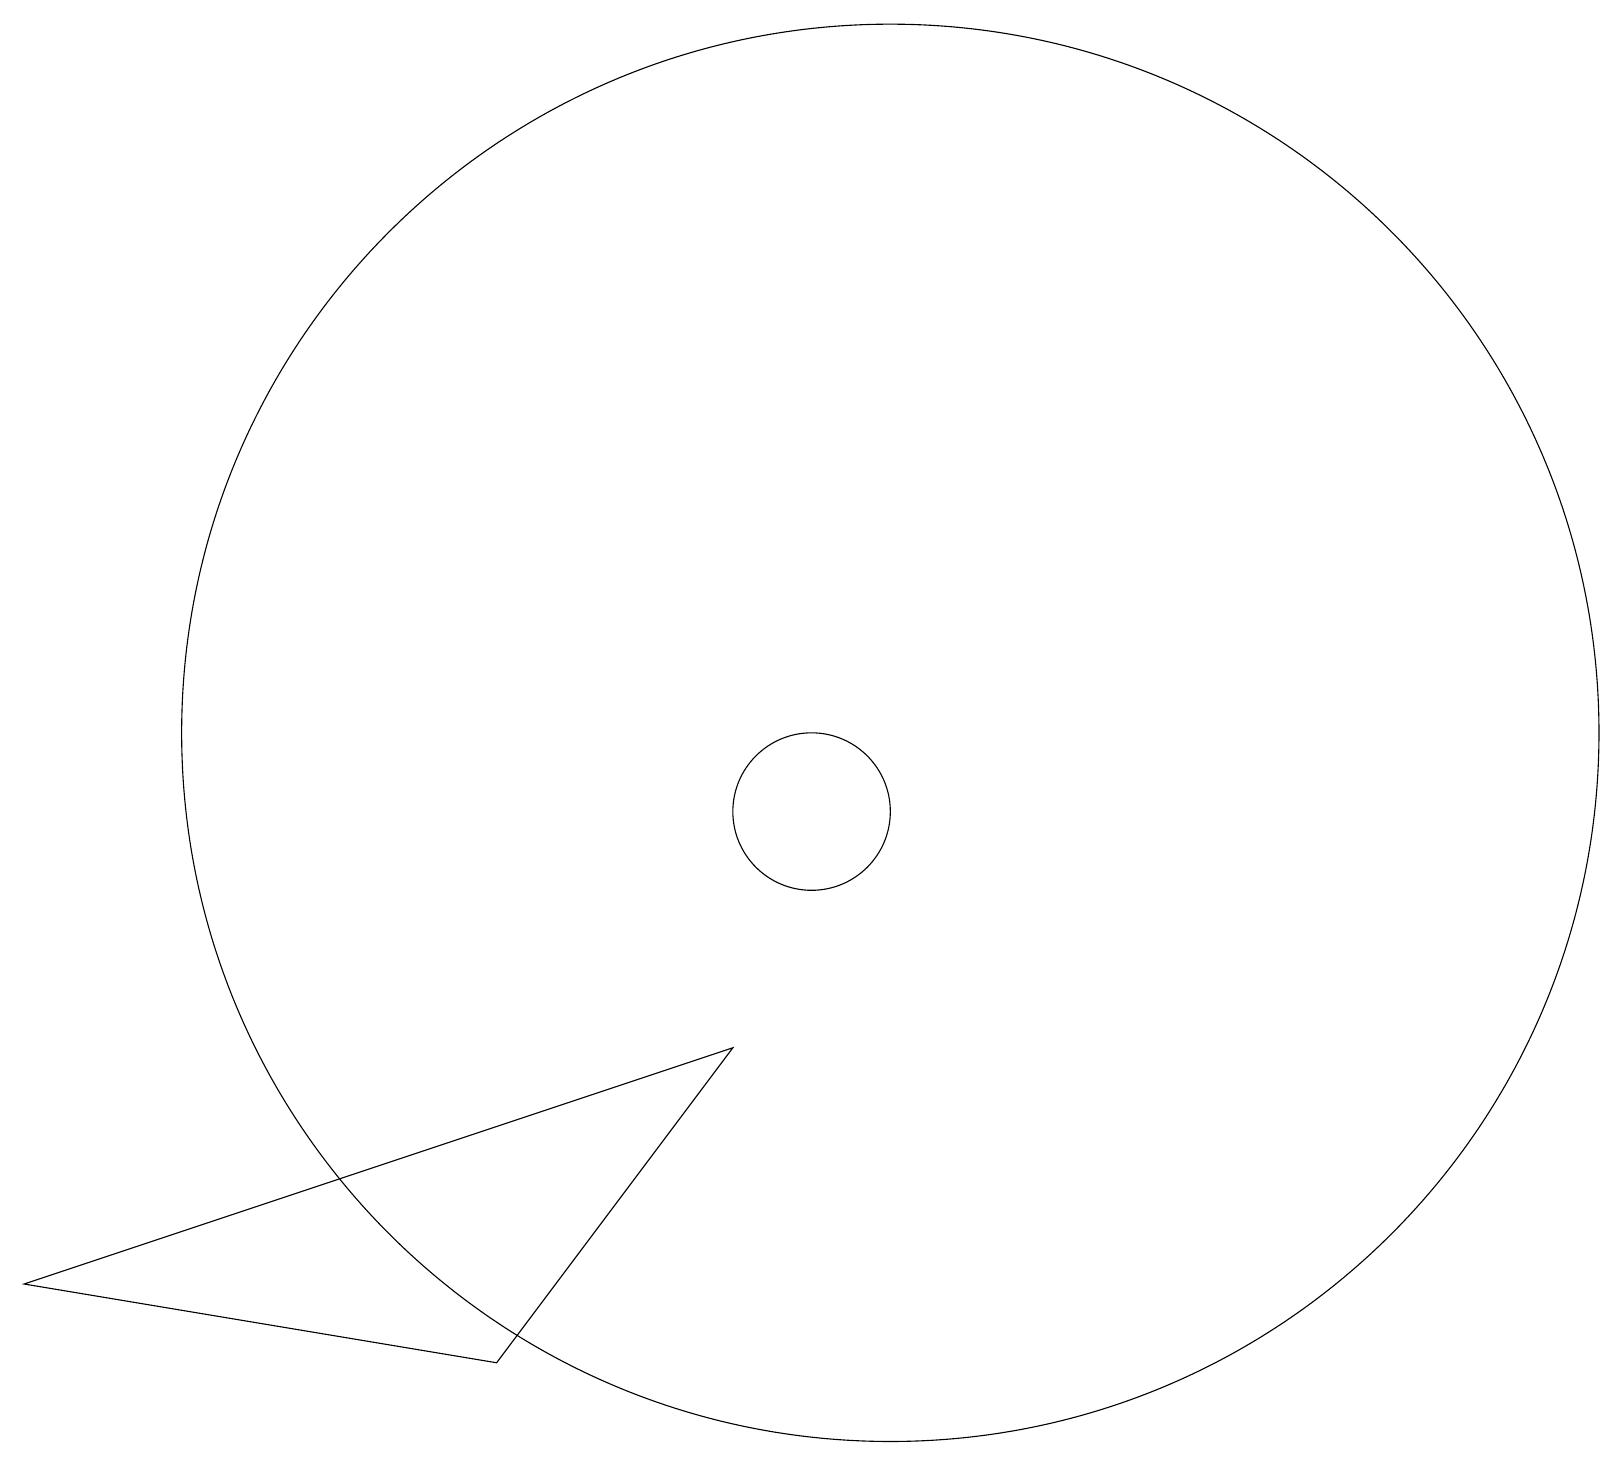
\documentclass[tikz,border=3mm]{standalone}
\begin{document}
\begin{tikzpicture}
\draw (9,7) -- (0,4) -- (6,3) -- cycle;
\draw (10,10) circle (1);
\draw (11,11) circle (9);
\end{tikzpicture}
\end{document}